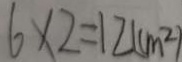
6 \times 2 = 1 2 ( c m ^ { 2 } )